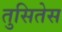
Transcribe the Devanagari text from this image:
तुसितेस